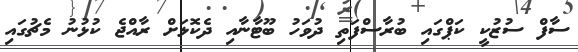
ސާފް ސުޒުކީ ކަޕްގައި ބުރާސްފަތި ދުވަހު ބޫޓާނާއި ދެކޮޅަށް ރާއްޖެ ކުޅުނު މެޗުގައި